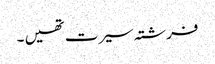
فرشتہ سیرت تھیں ۔